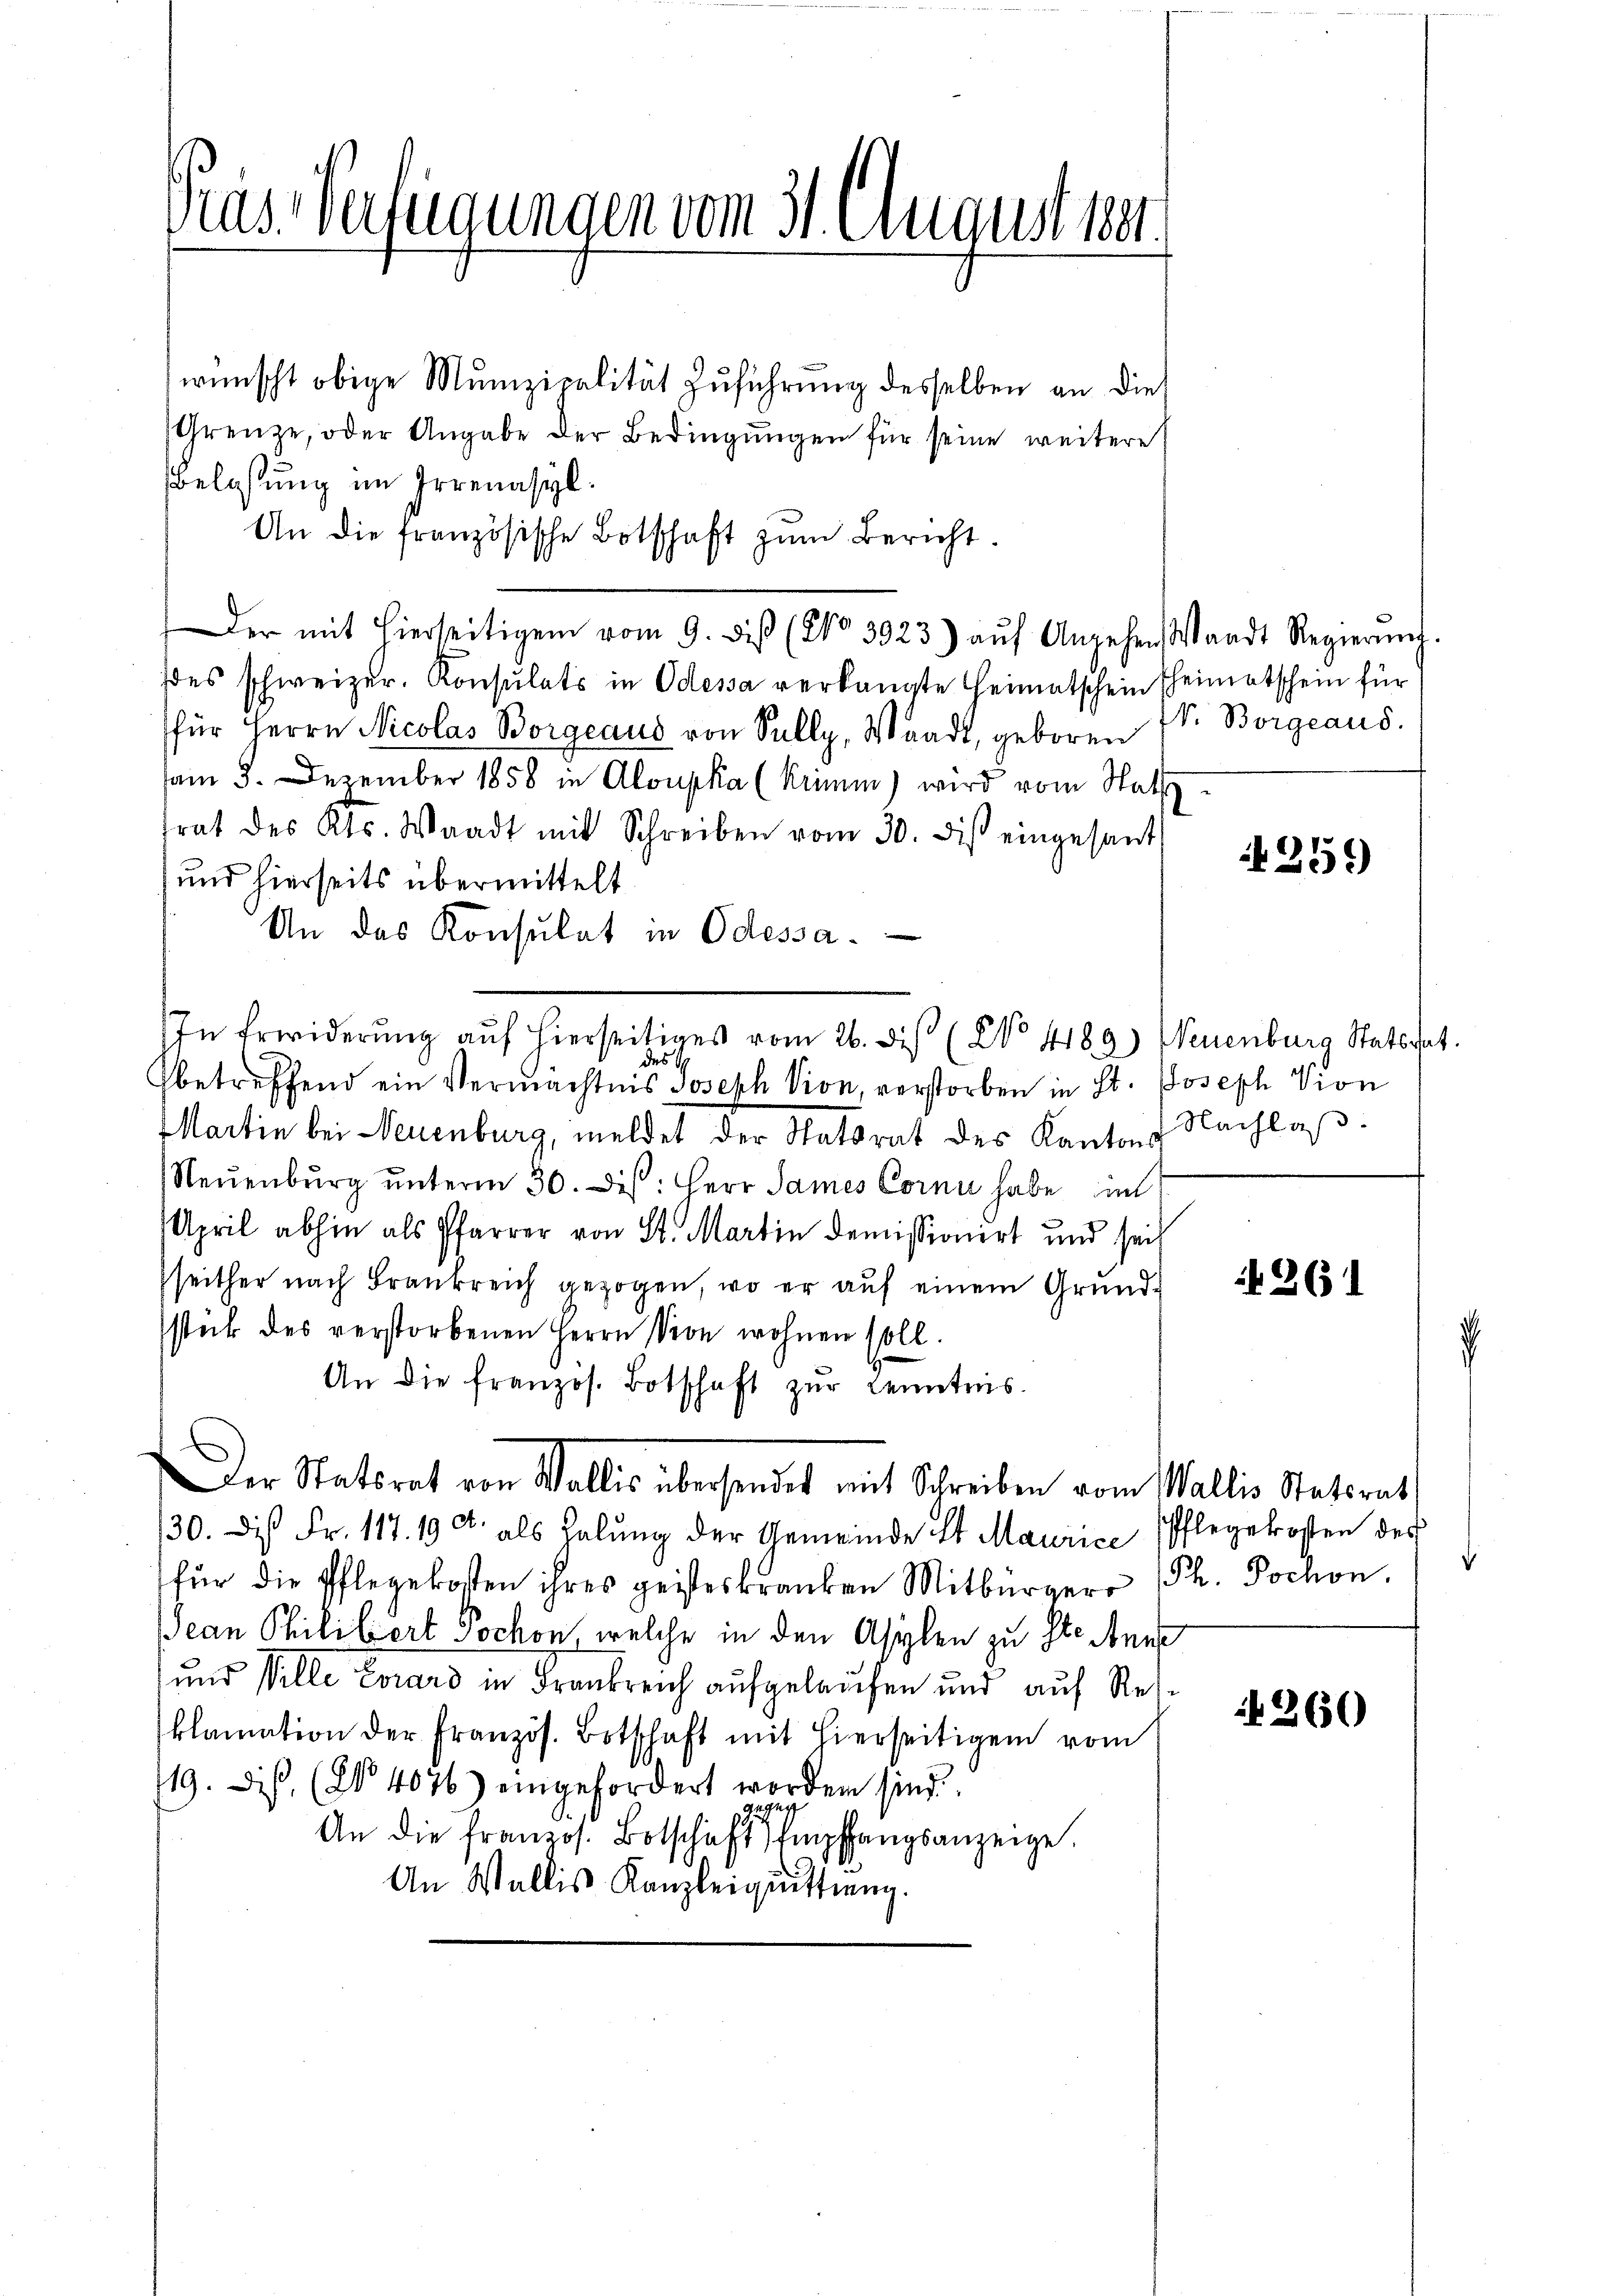
Gras Verfügungen vom 31. August 1881.

wünscht obige Munizipalität zuführung desselben an die
Grenze, oder Angabe der Bedingungen für seine weitere
Belassung im Irrenasyl.
An die französische Botschaft zŭm Bericht.
des schweizer. Konsulats in Odessa verlangte Heimatschein Theimatschein für
für Herrn Nicolas Borgeaus von Sully, Waadt, geboren (s. Borgeaus
am 3. Dezember 1858 in Aloupka (kiim) wird vom Nath
trat des Kts. Waadt mit Schreiben vom 30. diβ eingesant
und hierseits übermittelt.
An das Konsulat in Odessa.
In Erwiderŭng auf hierseitiges vom 26. des (No 4189) Neuenburg Stats hat.
des
betreffend ein Vermächtnis Joseph Pion, verstorben in St. Joseph Vion
Martin bei Neuenburg, meldet der Statsrat des Kantons Nachlaß
Neuenburg unterm 30. Dis: Herr James Corni habe in
April abhin als Pfarrer von St. Martin demissionirt und sei
seither nach Frankreich gezogen, wo er auf einem Grundsteck des verstorbenen Herrn Von wohnen soll.
An die französ. Botschaft zŭr Kenntnis.
Der Statsrat von Wallis übersendet mit Schreiben vom Wallis Statsrath
30. Dis Fr. 117. 19 c. als Halŭng der Gemeinde St Maurice Pflegekosten des
für die Pflegekosten ihres geisteskranken Mitbürger (Ph. Jochon.
Jean Philibert Jochon, welche in den Asylen zu ste Ans
und Ville Evrard in Frankreich aufgelaufen und auf Reklamation der Französ. Botschaft mit hierseitigen vom
719. Dis, (N. 4076) eingefordert worden sind
gegen
An die franzos. Botschaft Empfangsanzeige.
An Wallis Kanzleiquittung.

Der mit hierseitigen vom 9. diß (No 3923) aŭf Angehen Waadt Regierŭng.

251)

261

¬

260